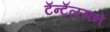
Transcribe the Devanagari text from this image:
टॅन्टॅलसने